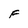
Character: F